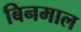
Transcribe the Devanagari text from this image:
बिनमाल